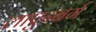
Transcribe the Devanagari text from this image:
लाएन्बर्ग